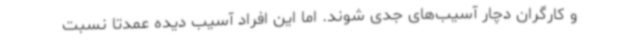
و کارگران دچار آسیب‌های جدی شوند. اما این افراد آسیب دیده عمدتا نسبت